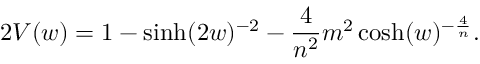
2 V ( w ) = 1 - \sinh ( 2 w ) ^ { - 2 } - \frac { 4 } { n ^ { 2 } } m ^ { 2 } \cosh ( w ) ^ { - \frac { 4 } { n } } .